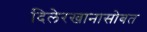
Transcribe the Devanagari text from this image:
दिलेरखानासोबत